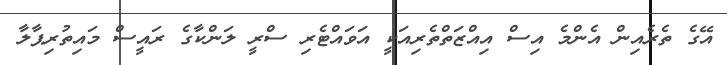
އޭގެ ތެރެއިން އެންމެ އިސް އިއްޒަތްތެރިއަކީ އަވައްޓެރި ސްރީ ލަންކާގެ ރައީސް މައިތުރިޕާލާ